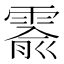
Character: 𬰅